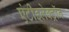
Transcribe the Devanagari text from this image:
एंटीइलेक्ट्रॉन